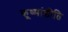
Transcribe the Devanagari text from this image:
कूष्मांडीति